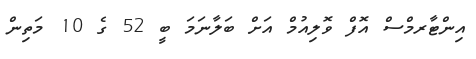
އިންޓާރމްސް އޮފް ވޮލިއުމް އަށް ބަލާނަަމަ ބީ 52 ގެ 10 މަތިން